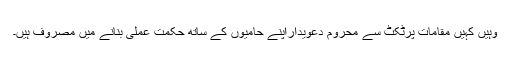
وہیں کہیں مقامات پرٹکٹ سے محروم دعویداراپنے حامیوں کے ساتھ حکمت عملی بنانے میں مصروف ہیں۔